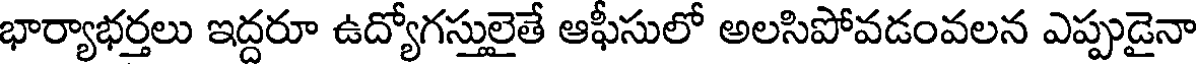
భార్యాభర్తలు ఇద్దరూ ఉద్యోగస్తులైతే ఆఫీసులో అలసిపోవడంవలన ఎప్పుడైనా